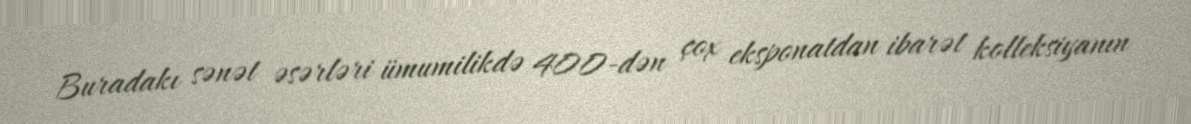
Buradakı sənət əsərləri ümumilikdə 400-dən çox eksponatdan ibarət kolleksiyanın